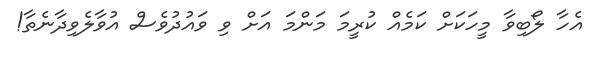
އެހާ ލޯބިވާ މީހަކަށް ކަމެއް ކުރީމަ މަންމަ އަށް ވި ވައުދުވެސް އުވާލެވިދާނެތާ!